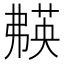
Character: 𬝱